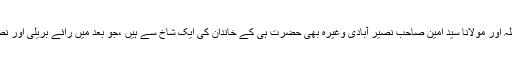
سید احمد شہید بریلوی رح شاہ علم اللہ اور مولانا سید امین صاحب نصیر آبادی وغیرہ بھی حضرت ہی کے خاندان کی ایک شاخ سے ہیں ،جو بعد میں رائے بریلی اور نصیر آباد میں جاکر مقیم ہوئے تھے ۔